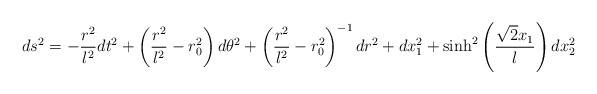
\begin{align*}ds^2= - \frac{r^2}{l^2} dt^2+ \left(\frac{r^2}{l^2}-r_0^2 \right) d \theta^2 + \left(\frac{r^2}{l^2} - r_0^2 \right)^{-1} dr^2 +dx_1^2 + \sinh^2 \left( \frac{\sqrt{2}x_1}{l} \right)dx_2^2\end{align*}